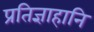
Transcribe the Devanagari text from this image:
प्रतिज्ञाहानि